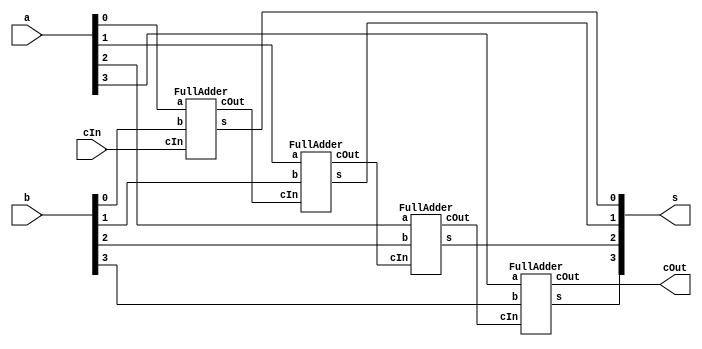
module Adder(a,b,cIn,s,cOut);
	input [3:0] a, b;
	output [3:0] s;
	input cIn; 
	output cOut;
	wire cOut1, cOut2, cOut3;

	FullAdder fa0(a[0],b[0],cIn,s[0],cOut1);
	FullAdder fa1(a[1],b[1],cOut1,s[1],cOut2);
	FullAdder fa2(a[2],b[2],cOut2,s[2],cOut3);
	FullAdder fa3(a[3],b[3],cOut3,s[3],cOut);

endmodule


module FullAdder(a,b,cIn,s,cOut);
	input a,b,cIn; 
	output s,cOut;
	assign {cOut,s} = a + b + cIn;
endmodule


module testbench;
	reg [3:0] a, b;
	wire [3:0] s;
	wire cOut;
	reg [3:0] i,j;

	Adder myFullAdder(a,b,1'b0,s,cOut);
	initial 
	begin
		a <= 4'b0000;
		b <= 4'b0000;

		$dumpfile("adder.vcd"); 
		$dumpvars(0, myFullAdder);
     
		for(i=0; i<15; i=i+1) 
		begin
			#5 $display(" a(0000)   b(0000)   s(0000)  cOut\n");

			for(j=0; j<15; j=j+1) 
			begin
				a <= i;
 				b <= j;
				#5 $display("%2d(%b)  %2d(%b)  %2d(%b)   %b", i, i, j, j, s, s, cOut);
	  		end
			#5 $display("\n");
  		end
		#10 $finish;
	end
endmodule